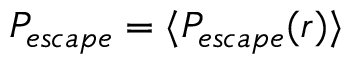
P _ { e s c a p e } = \langle P _ { e s c a p e } ( r ) \rangle